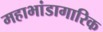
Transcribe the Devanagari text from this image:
महाभांडागारिक